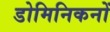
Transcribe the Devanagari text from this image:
डोमिनिकनों